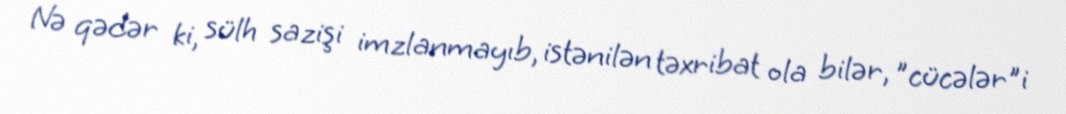
Nə qədər ki, sülh sazişi imzlanmayıb, istənilən təxribat ola bilər, ”cücələr"i